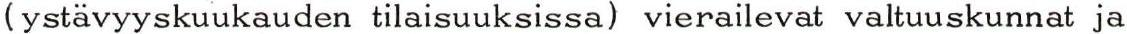
(ystävyyskuukauden tilaisuuksissa) vierailevat valtuuskunnat ja